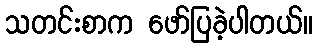
သတင်းစာက ဖော်ပြခဲ့ပါတယ်။